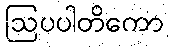
ဩပပါတိကော